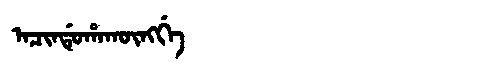
Manchu: ᠠᠴᡳᠨᡩᡠᡥᠠᡴᡡᠩᡤᡝ
Romanization: ACINDUHAKŪNGGE